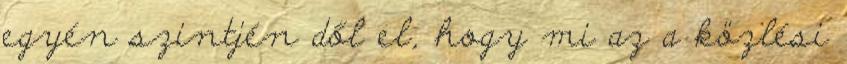
egyén szintjén dől el, hogy mi az a közlési